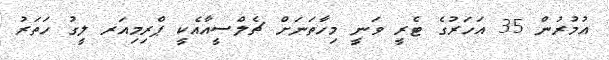
އުމުރުން 35 އަހަރުގެ ޓެރީ ވަނީ މިހާތަނަށް ޗެލްސީއާއެކީ ޕްރިމިއަރ ލީގު ހަތަރު